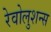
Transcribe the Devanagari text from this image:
रेवोलुशन्स